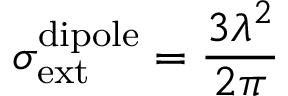
\sigma _ { \mathrm { e x t } } ^ { \mathrm { d i p o l e } } = \frac { 3 \lambda ^ { 2 } } { 2 \pi }